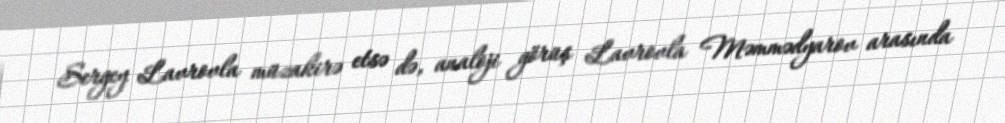
Sergey Lavrovla müzakirə etsə də, analoji görüş Lavrovla Məmmədyarov arasında